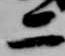
二